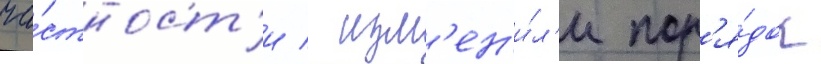
ча́стност'и / изм'ен'и́л'и пор'я́док